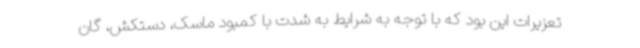
تعزیرات این بود که با توجه به شرایط به شدت با کمبود ماسک، دستکش، گان